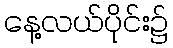
နေ့လယ်ပိုင်း၌